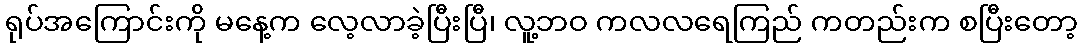
ရုပ်အကြောင်းကို မနေ့က လေ့လာခဲ့ပြီးပြီ၊ လူ့ဘဝ ကလလရေကြည် ကတည်းက စပြီးတော့